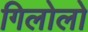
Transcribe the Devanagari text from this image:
गिलोलो